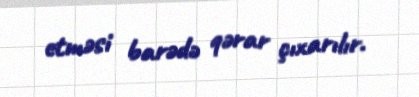
etməsi barədə qərar çıxarılır.